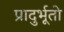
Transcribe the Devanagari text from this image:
प्रादुर्भूतो